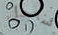
ساحل